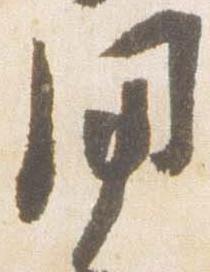
用